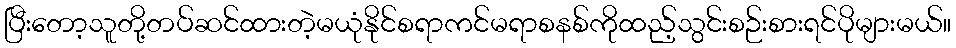
ပြီးတော့သူတို့တပ်ဆင်ထားတဲ့မယုံနိုင်စရာကင်မရာစနစ်ကိုထည့်သွင်းစဉ်းစားရင်ပိုများမယ်။